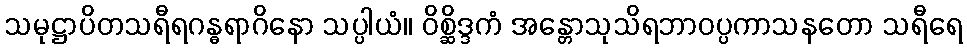
သမုဋ္ဌာပိတသရီရဂန္ဓရာဂိနော သပ္ပါယံ။ ဝိစ္ဆိဒ္ဒကံ အန္တောသုသိရဘာဝပ္ပကာသနတော သရီရေ